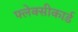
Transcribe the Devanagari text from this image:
फ्लेक्सीकार्ड